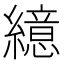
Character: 繶